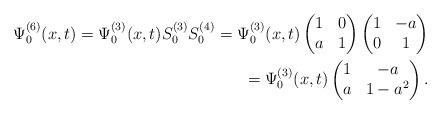
LaTeX: \begin{align*}\Psi^{(6)}_0(x,t) = \Psi^{(3)}_0(x,t) S^{(3)}_0 S^{(4)}_0= \Psi^{(3)}_0(x,t)\begin{pmatrix}1&0\\ a&1\end{pmatrix}\begin{pmatrix}1&-a\\ 0&1\end{pmatrix}\\\hphantom{\Psi^{(6)}_0(x,t)}{}= \Psi^{(3)}_0(x,t)\begin{pmatrix}1&-a\\ a&1-a^2\end{pmatrix}.\end{align*}